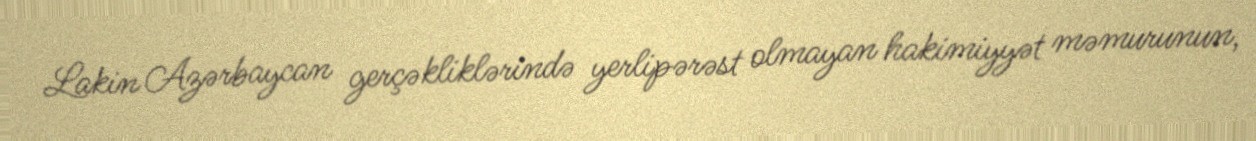
Lakin Azərbaycan gerçəkliklərində yerlipərəst olmayan hakimiyyət məmurunun,